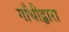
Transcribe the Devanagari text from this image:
गाँधीद्वारा